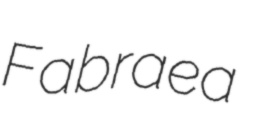
Fabraea